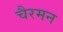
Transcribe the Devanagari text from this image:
चैरमन